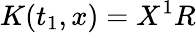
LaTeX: K(t_{1},x)=X^{1}R